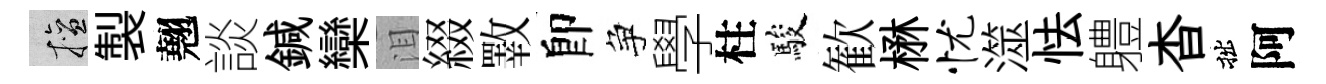
擅製翹談鍼欒泪綴斁卽争學柱駿歓楙忧澨怯軆杳拙阿